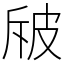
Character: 㿭